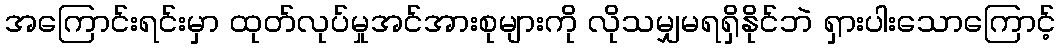
အကြောင်းရင်းမှာ ထုတ်လုပ်မှုအင်အားစုများကို လိုသမျှမရရှိနိုင်ဘဲ ရှားပါးသောကြောင့်